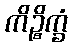
ကိဉ္စိက္ခံ